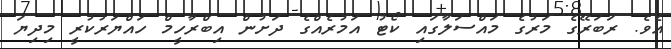
އެވެ. ރަބަރޭގެ މަރުގެ މައްސަލާގައި ކޯޓު އަމުރެއްގެ ދަށުން އިބްރާހީމް ހައްޔަރުކުރީ މިދިޔަ